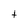
Character: t